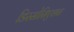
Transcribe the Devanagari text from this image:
डिस्सोसिएशन